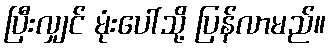
ပြီးလျှင် မုံးပေါ်သို့ ပြန်လာမည်။